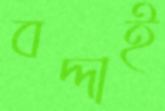
বদ্দাই